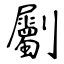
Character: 劚